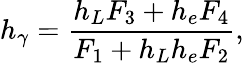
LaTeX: h_{\gamma}=\frac{h_{L}F_{3}+h_{e}F_{4}}{F_{1}+h_{L}h_{e}F_{2}},